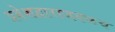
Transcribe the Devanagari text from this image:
प्रवेशद्वाराजवळच